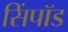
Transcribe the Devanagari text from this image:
सिंपॉड